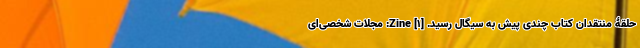
حلقۀ منتقدان کتاب چندی پیش به سیگال رسید. [۱] Zine: مجلات شخصی‌ای